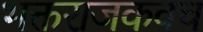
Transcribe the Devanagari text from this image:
भक्तराजकवच